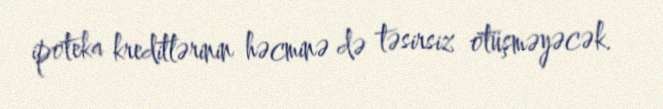
ipoteka kreditlərinin həcminə də təsirsiz ötüşməyəcək.